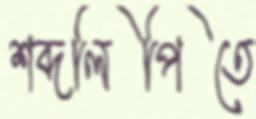
শব্দলিপিতে